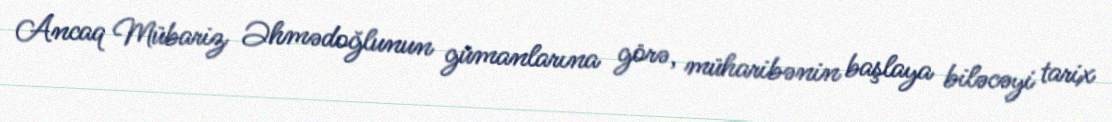
Ancaq Mübariz Əhmədoğlunun gümanlarına görə, müharibənin başlaya biləcəyi tarix